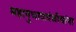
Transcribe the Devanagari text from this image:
महानुभावपंथीयांना